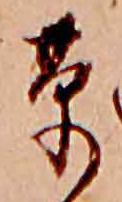
草